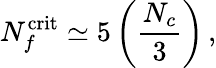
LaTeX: N_{f}^{\mathrm{crit}}\simeq 5\left(\frac{N_{c}}{3}\right)\, ,